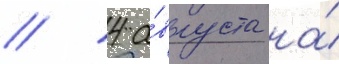
// 4 а́вгуста на́